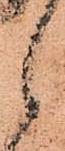
候